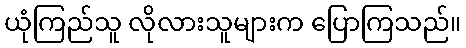
ယုံကြည်သူ လိုလားသူများက ပြောကြသည်။